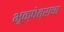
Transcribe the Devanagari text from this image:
भूक्षेत्राचा